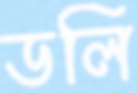
ডলি